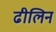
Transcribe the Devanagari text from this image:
ढीलिन